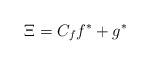
LaTeX: \begin{align*} \Xi = C_{f} f^{*} + g^{*}\end{align*}